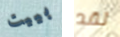
بييت لقد